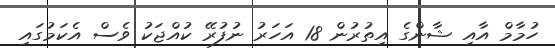
ހުމާމް އާއި ޝާންގެ އިތުރުން 18 އަހަރު ނުފުރޭ ކުއްޖަކު ވެސް އެކަމުގައި